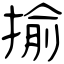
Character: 揄